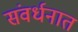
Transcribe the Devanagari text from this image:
संवर्धनात